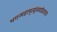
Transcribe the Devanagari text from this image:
भगन्महामृत्युंजयदेवताय